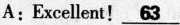
A:Excellent! \underline{63}